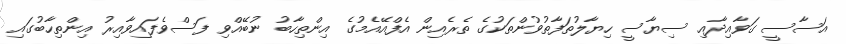
އަސާސީ ގަވާއިދާއި ސިޔާސީ ހިޔާލުތަފާތުވުންތަކުގެ ތެރެއިން އެފްއޭއެމުގެ އިންތިހާބު ނުބޭއްވި ފަސްވެފައިވާއިރު އިންތިހާބުގައި